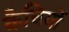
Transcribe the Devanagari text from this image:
कैचियों